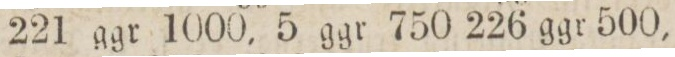
221 ggr 1000, 5 ggr 750 226 ggr 500,